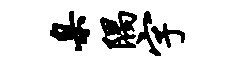
臬隅字